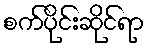
စက်ပိုင်းဆိုင်ရာ